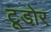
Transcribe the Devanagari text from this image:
टूडोर